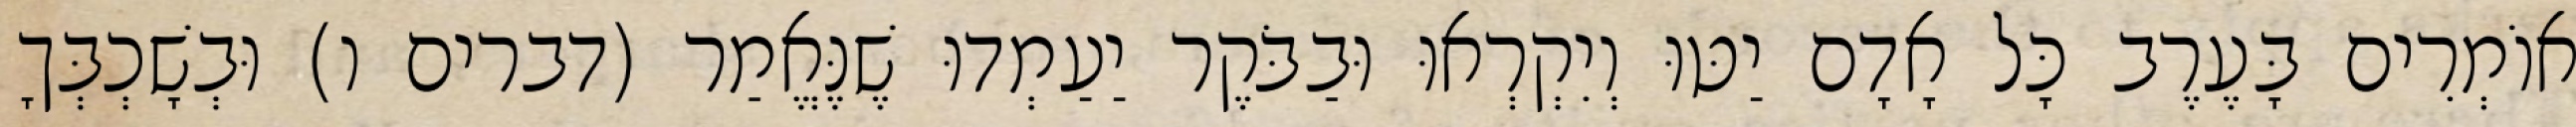
אוֹמְרִים בָּעֶרֶב כָּל אָדָם יַטּוּ וְיִקְרְאוּ וּבַבֹּקֶר יַעַמְדוּ שֶׁנֶּאֱמַר (דברים ו) וּבְשָׁכְבְּךָ